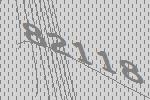
82118